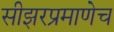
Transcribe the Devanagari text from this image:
सीझरप्रमाणेच